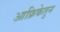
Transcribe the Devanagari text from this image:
आफ्रिकेतुन